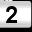
Digit: 2